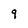
Character: 9